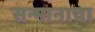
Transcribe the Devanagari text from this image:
सन्मानाचा